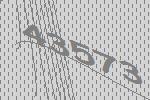
43573